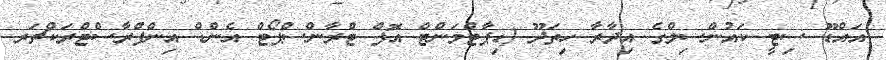
އައްޑޫ ސިޓީ ކައުންސިލްގެ އިދާރާ ހިތަދޫ (ޑިޕާޓްމަންޓް އޮފް ޓްރާންސްޕޯޓް އެންޑް އިންފްރާސްޓްރަކްޗަރ